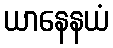
ယာနေနယံ